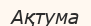
Ақтума